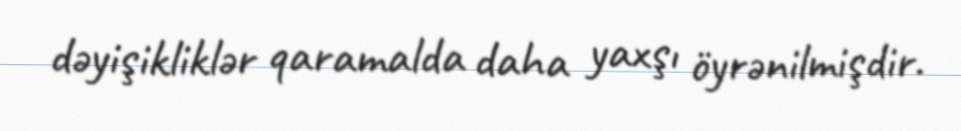
dəyişikliklər qaramalda daha yaxşı öyrənilmişdir.